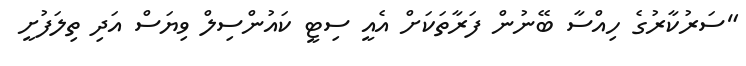
"ސަރުކާރުގެ ހިއްސާ ބޭނުން ފަރާތަކަށް އެއީ ސިޓީ ކައުންސިލް ވިޔަސް އަދި ތިލަފުށީ